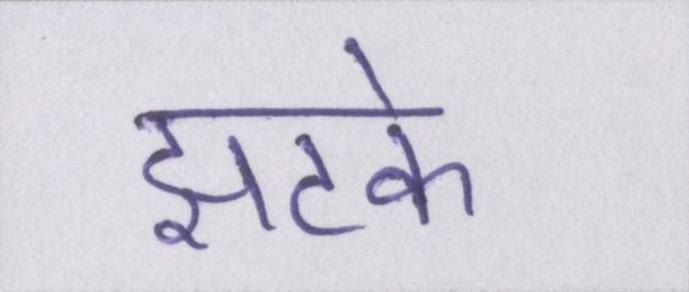
झटके